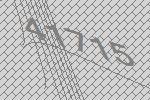
41715